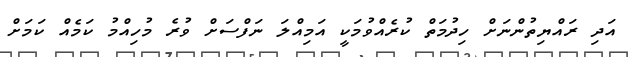
އަދި ރައްޔިތުންނަށް ހިދުމަތް ކުރެއްވުމަކީ އަމިއްލަ ނަފްސަށް ވުރެ މުހިއްމު ކަމެއް ކަމަށް